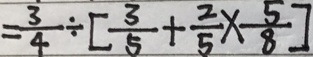
= \frac { 3 } { 4 } \div [ \frac { 3 } { 5 } + \frac { 2 } { 5 } \times \frac { 5 } { 8 } ]